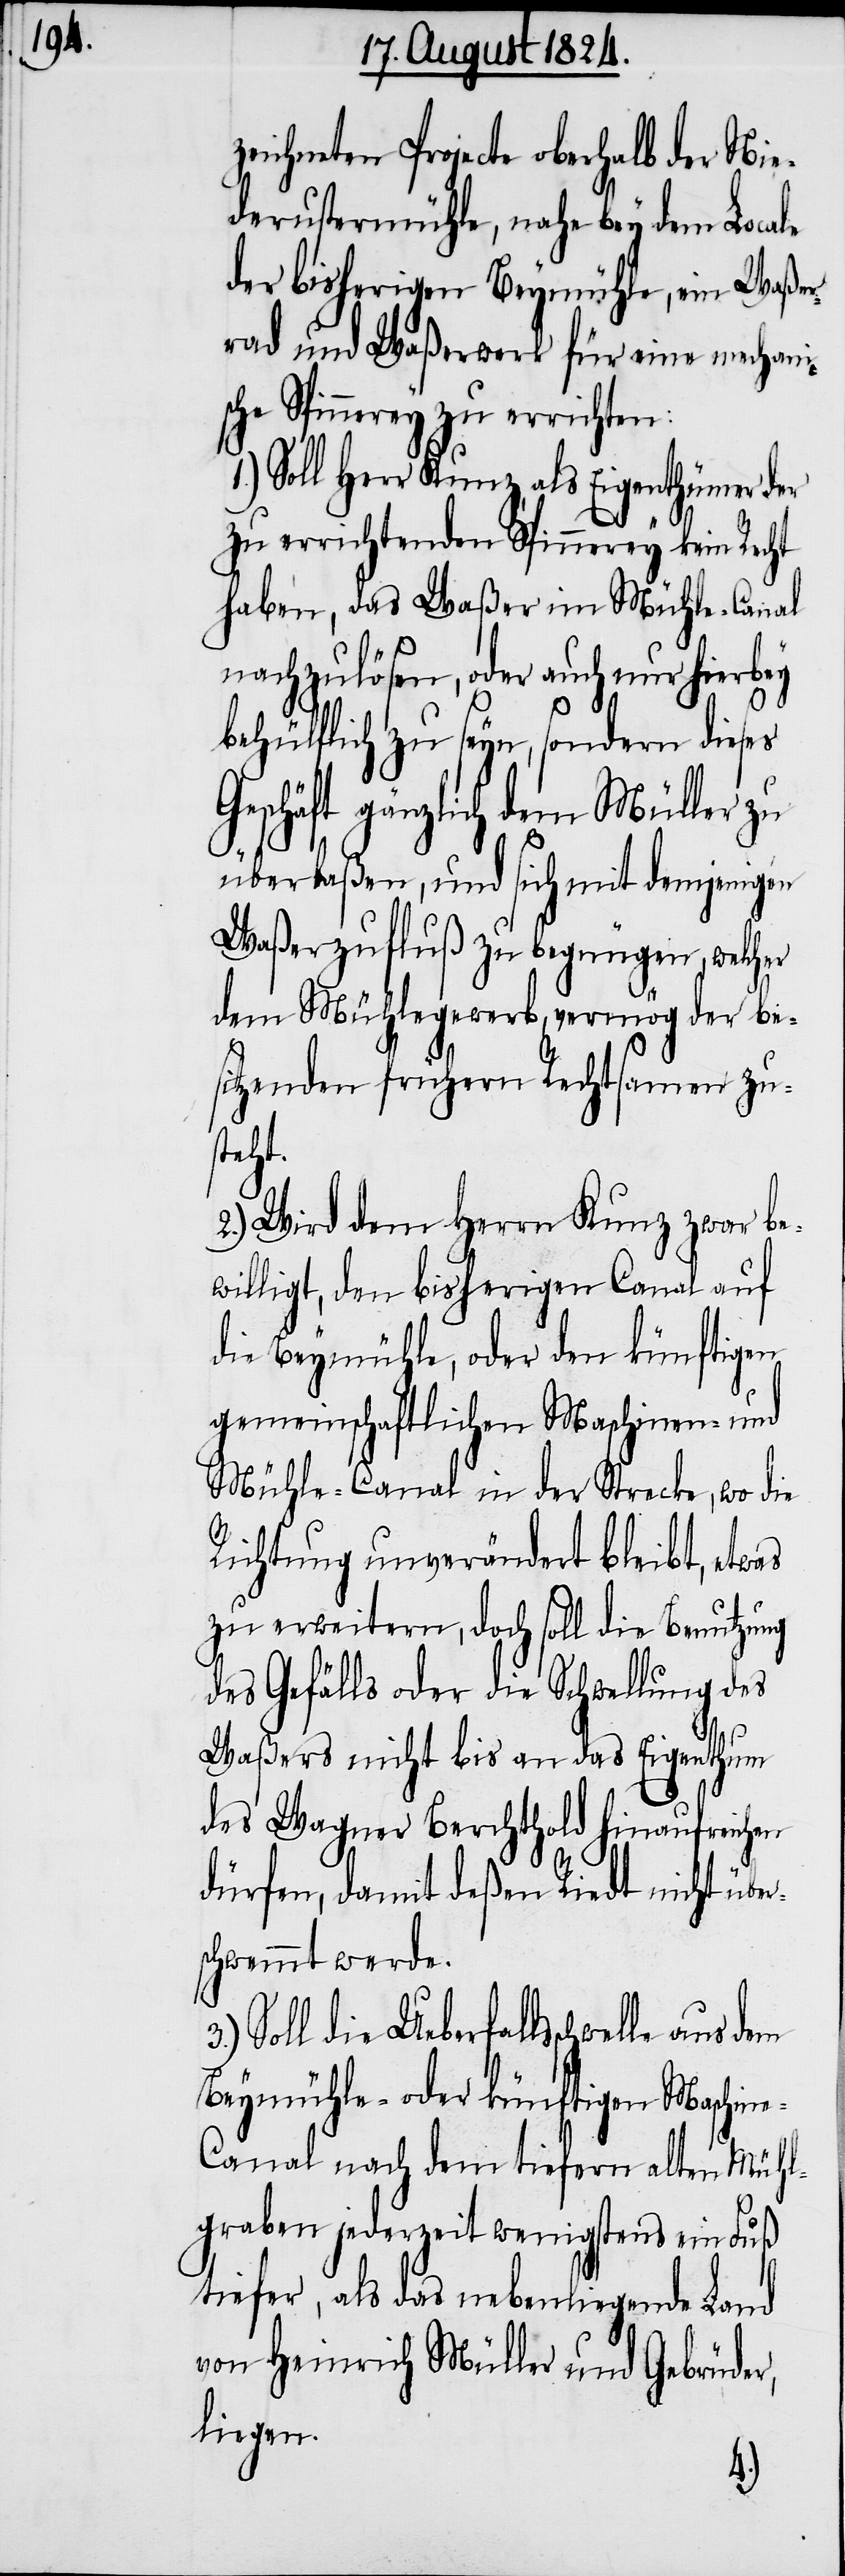
r¬
zeichneten Projecte oberhalb der Nie¬
derustermühle, nahe bey dem Locale
der bisherigen Beymühle, ein Waßer¬
rad und Waßerwerk für eine mechan¬
che Spinnerey zu errichten.
1.) Soll Herr Kunz, als Eigenthümer der
zu errichtenden Spinnerey kein Recht
haben, das Waßer im Mühle-Canal
nachzulösen, oder auch nur hierbey
behülflich zu seyn, sondern dieses
Geschäft gänzlich dem Müller zu
überlaßen, und sich mit demjenigen
Waßerzufluß zu begnügen, welcher
dem Mühlegewerb vermög der be¬
sitzenden frühern Rechtsamen zu¬
steht.
2.) Wird dem Herrn Kunz zwar be¬
willigt, den bisherigen Canal auf
die Beymühle, oder den künftigen
gemeinschaftlichen Maschinen- und
Mühle-Canal in der Strecke, wo die
Richtung unverändert bleibt, etwas
zu erweitern, doch soll die Benutzung
des Gefälls oder die Schwellung des
Waßers nicht bis an das Eigenthum
des Wagner Berchthold hinaufreichen
dürfen, damit deßen Riedt nicht übe¬
schwemmt werde.
die Ueberfallsschwelle aus dem
Beymühle- oder künftigen Maschin¬
e-Canal nach dem tiefern alten Mühl¬
graben jederzeit wenigstens ein Fuß
tiefer, als das nebenliegende Land
von Heinrich Müller und Gebrüder,
liegen.